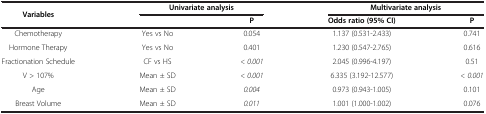
<table><thead><tr><td><b>Variables</b></td><td colspan="2"><b>Univariate analysis</b></td><td colspan="2"><b>Multivariate analysis</b></td></tr><tr><td><b> </b></td><td><b> </b></td><td><b>P</b></td><td><b>Odds ratio (95% CI)</b></td><td><b>P</b></td></tr></thead><tbody><tr><td>Chemotherapy</td><td>Yes vs No</td><td>0.054</td><td>1.137 (0.531-2.433)</td><td>0.741</td></tr><tr><td>Hormone Therapy</td><td>Yes vs No</td><td>0.401</td><td>1.230 (0.547-2.765)</td><td>0.616</td></tr><tr><td>Fractionation Schedule</td><td>CF vs HS</td><td><i>&lt; 0.001</i></td><td>2.045 (0.996-4.197)</td><td>0.51</td></tr><tr><td>V &gt; 107%</td><td>Mean ± SD</td><td><i>&lt; 0.001</i></td><td>6.335 (3.192-12.577)</td><td><i>&lt; 0.001</i></td></tr><tr><td>Age</td><td>Mean ± SD</td><td><i>0.004</i></td><td>0.973 (0.943-1.005)</td><td>0.101</td></tr><tr><td>Breast Volume</td><td>Mean ± SD</td><td><i>0.011</i></td><td>1.001 (1.000-1.002)</td><td>0.076</td></tr></tbody></table>